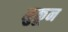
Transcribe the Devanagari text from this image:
मुकून